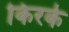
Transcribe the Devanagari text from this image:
किरके